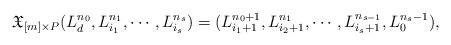
LaTeX: \begin{align*}\mathfrak{X}_{[m]\times P}(L_d^{n_0}, L_{i_1}^{n_1}, \cdots, L_{i_s}^{n_s})=(L_{i_1+1}^{n_0+1}, L_{i_2+1}^{n_1}, \cdots, L_{i_s+1}^{n_{s-1}}, L_0^{n_s-1}),\end{align*}